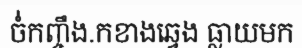
ចំ់កញ្ចឹង.កខាងឆ្វេង ធ្លាយមក